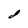
Character: d